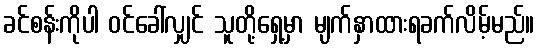
ခင်စန်းကိုပါ ဝင်ခေါ်လျှင် သူတို့ရှေ့မှာ မျက်နှာထားရခက်လိမ့်မည်။